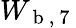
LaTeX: W_{\mathrm{~b~,~7~}}